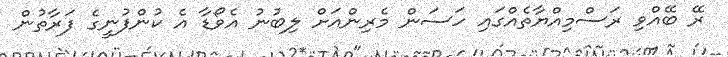
ރޭ ބޭއްވި ރަސްމިއްޔާތެއްގައި ހަސަން މެރިންއަށް ލިބުނު އެވޯޑާ އެ ކުންފުނީގެ ފަރާތުން